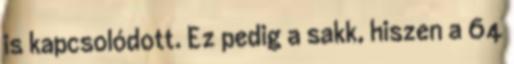
is kapcsolódott. Ez pedig a sakk, hiszen a 64